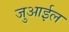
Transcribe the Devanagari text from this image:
जुआईल